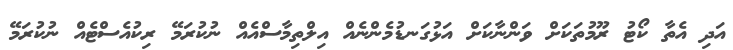
އަދި އެތާ ކޯޓު ރޫމުތަކަށް ވަންނާކަށް އަޅުގަނޑުމެންނެއް އިލްތިމާސްއެއް ނުކުރަމޭ ރިކުއެސްޓެއް ނުކުރަމޭ